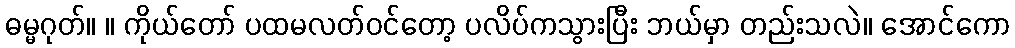
ဓမ္မဂုတ်။ ။ ကိုယ်တော် ပထမလတ်ဝင်တော့ ပလိပ်ကသွားပြီး ဘယ်မှာ တည်းသလဲ။ အောင်ကော